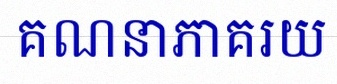
គណនាភាគរយ